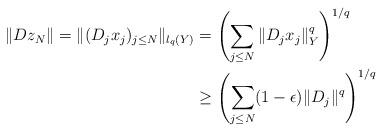
LaTeX: \begin{align*}\|D z_N\|=\|(D_j x_j)_{j\le N}\|_{l_{q}(Y)}&=\left ( \sum_{j\le N}\|D_j x_j\|_Y^q\right )^{1/q}\\ &\ge \left ( \sum_{j\le N}(1-\epsilon)\|D_j\|^q\right )^{1/q}\end{align*}